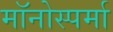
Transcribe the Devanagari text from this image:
मॉनोस्पर्मा